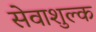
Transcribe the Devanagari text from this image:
सेवाशुल्क